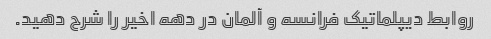
روابط دیپلماتیک فرانسه و آلمان در دهه اخیر را شرح دهید.